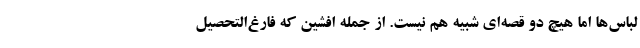
لباس‌ها اما هیچ‌ دو قصه‌ای شبیه هم نیست. از جمله افشین که فارغ‌التحصیل